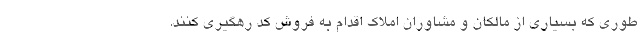
طوری که بسیاری از مالکان و مشاوران املاک اقدام به فروش کد رهگیری کنند.